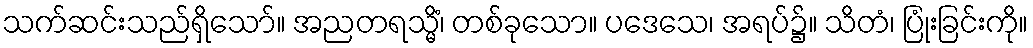
သက်ဆင်းသည်ရှိသော်။ အညတရသ္မိံ၊ တစ်ခုသော။ ပဒေသေ၊ အရပ်၌။ သိတံ၊ ပြုံးခြင်းကို။